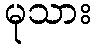
မုသား